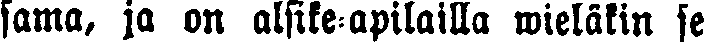
sama, ja on alsike-apilalla wieläkin se